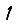
Digit: 1